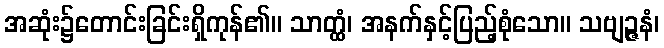
အဆုံး၌တောင်းခြင်းရှိကုန်၏။ သာတ္ထံ၊ အနက်နှင့်ပြည့်စုံသော။ သဗျဉ္ဇနံ၊